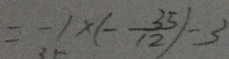
= - 1 \times ( - \frac { 3 5 } { 1 2 } ) - 3